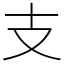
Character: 支